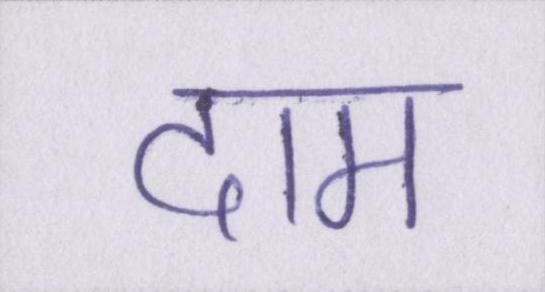
दाम